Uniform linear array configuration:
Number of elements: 4
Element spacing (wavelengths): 0.75
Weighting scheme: binomial
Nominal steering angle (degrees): -15
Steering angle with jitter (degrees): -16.516
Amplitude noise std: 0.05
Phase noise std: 0.05

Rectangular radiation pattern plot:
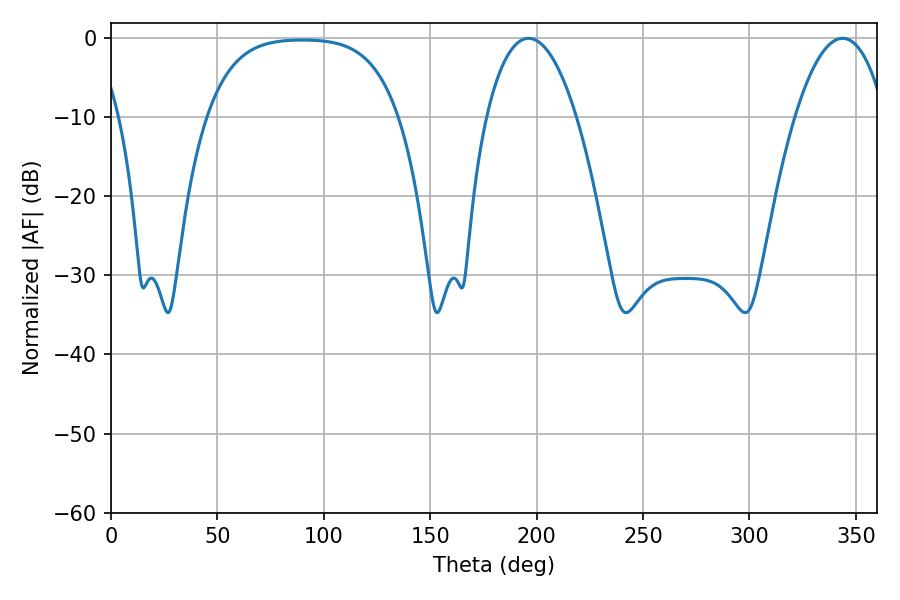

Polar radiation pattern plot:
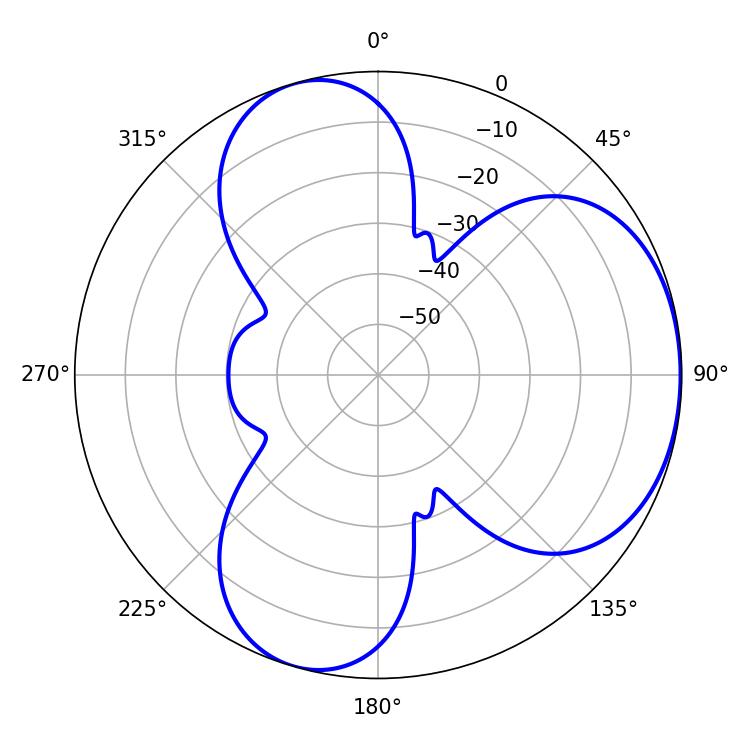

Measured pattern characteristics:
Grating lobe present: TRUE
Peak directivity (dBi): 4.445
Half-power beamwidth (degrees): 23.58
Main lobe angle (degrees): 196.2